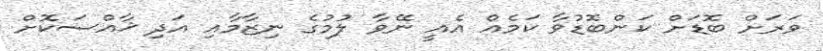
ވަރަށް ބޮޑަށް ކަންބޮޑުވާ ކަމެއް އެއީ ނޭވާ ލުމުގެ ނިޒާމާއި އަދި ޚާއްސަކޮށް